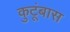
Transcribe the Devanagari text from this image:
कुटूंबास